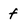
Character: f